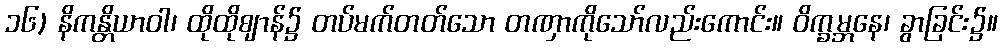
၁၆) နိကန္တိယာဝါ၊ ထိုထိုဈာန်၌ တပ်မက်တတ်သော တဏှာကိုသော်လည်းကောင်း။ ဝိက္ခမ္ဘနေ၊ ခွာခြင်း၌။